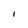
Character: I